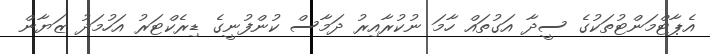
އެޕާޓްމަންޓުތަކުގެ ސީދާ އަގުތައް ހާމަ ނުކުރާއިރު ދަމާސް ކުންފުނީގެ ޑިރެކްޓަރު އަހުމަދު ޒަޔާން